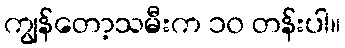
ကျွန်တော့သမီးက ၁၀ တန်းပါ။